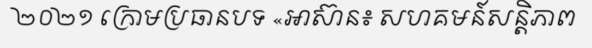
២០២១ ក្រោមប្រធានបទ «អាស៊ាន៖ សហគមន៍សន្តិភាព